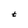
Character: t